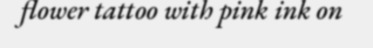
flower tattoo with pink ink on